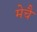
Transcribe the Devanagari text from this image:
मेचै